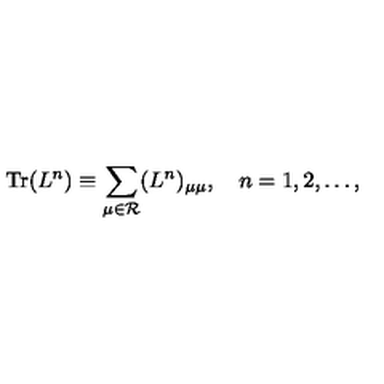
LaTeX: \mathrm { T r } ( L ^ { n } ) \equiv \sum _ { \mu \in { \cal R } } ( L ^ { n } ) _ { \mu \mu } , \quad n = 1 , 2 , \ldots ,